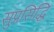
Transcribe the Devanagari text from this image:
सुप्रसिद्धि